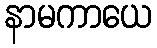
နာမကာယေ